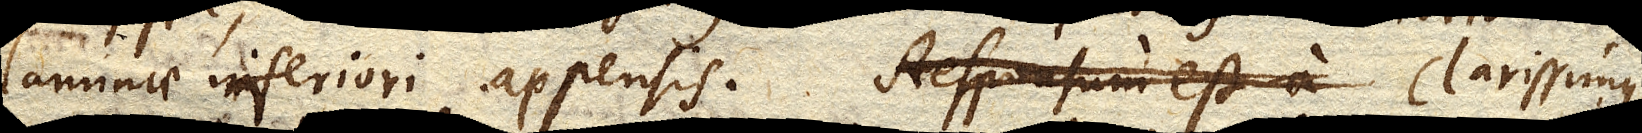
laminae inferiori appensis. Responsum est a Clarissimus